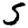
Digit: 5